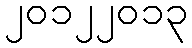
၂၀၁၂၂၀၁၃